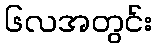
၆လအတွင်း